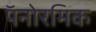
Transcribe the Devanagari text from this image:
पॅनोरमिक